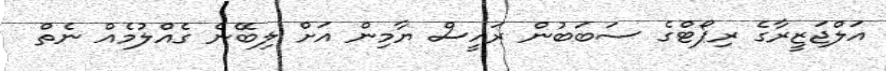
އަލްޖަޒީރާގެ ރިޕޯޓްގެ ސަބަބުން ރައީސް ޔާމިން އަށް ލިބޭނެ ގެއްލުމެއް ނެތް